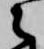
之